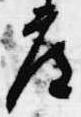
度